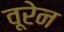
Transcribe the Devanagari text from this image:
वूरेन